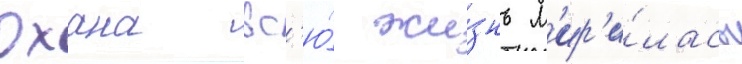
Охана вс'ю́ жи́знь м'ир'и́лась